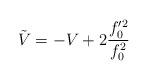
LaTeX: \begin{align*}\tilde V=-V+2\frac{f_0'^2}{f_0^2}\end{align*}